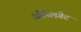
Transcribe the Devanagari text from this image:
औब्लिगेट